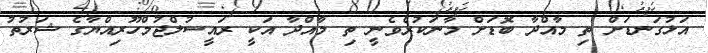
އަޅުގަނޑަށް ތި މާއްދާ ބޮޑަށް މާނަކުރެވެނީ ތި މާއްދާ އަކީ ރައީސުލްޖުމްހޫރިއްޔާގެ ޝަރުތު